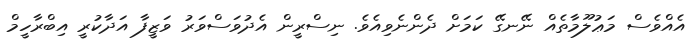
އެއްވެސް މަޢުލޫމާތެއް ނޭނގޭ ކަމަށް ދެންނެވިއެވެ. ނިސްރީން އެދުވަސްވަރު ވަޒީފާ އަދާކުރީ އިބްރާހީމް